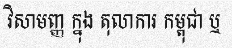
វិសាមញ្ញ ក្នុង តុលាការ កម្ពុជា ឬ